Scientific memoirs by medical officers of the Army of India - Part XII,
Year: 1901
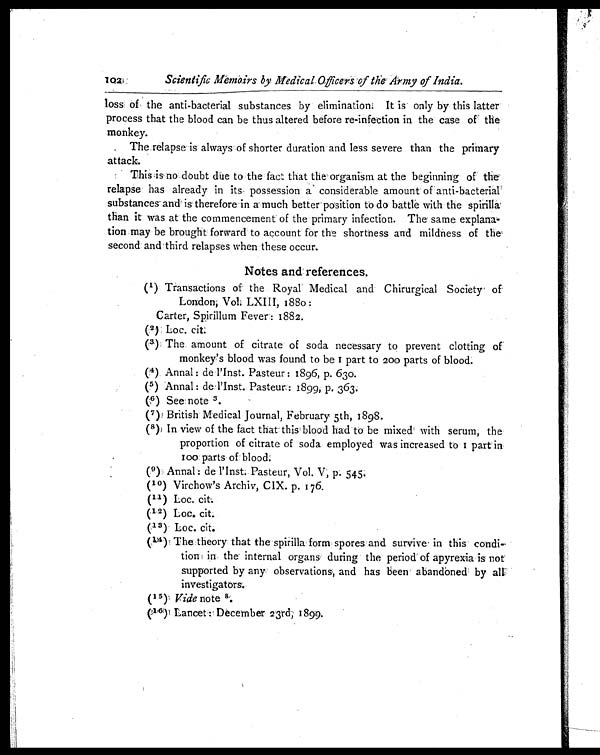
loss of the anti-bacterial substances by elimination. It is only by this latter
process that the blood can be thus altered before re-infection in the case of the
monkey.
The relapse is always of shorter duration and less severe than the primary
attack.
This is no doubt due to the fact that the organism at the beginning of the
relapse has already in its possession a considerable amount of anti-bacterial
substances and is therefore in a much better position to do battle with the spirilla
than it was at the commencement of the primary infection. The same explana-
tion may be brought forward to account for the shortness and mildness of the
second and third relapses when these occur.
Notes and references.
(1) Transactions of the Royal Medical and Chirurgical Society of
London, Vol. LXIII, 1880:
Carter, Spirillum Fever: 1882.
(2) Loc. cit.
(3) The amount of citrate of soda necessary to prevent clotting of
monkey's blood was found to be 1 part to 200 parts of blood.
(4) Annal : de l'Inst. Pasteur : 1896, p. 630.
(5) Annal : de l'Inst. Pasteur : 1899, p. 363.
(6) See note 3.
(7) British Medical Journal, February 5th, 1898.
(8) In view of the fact that this blood had to be mixed with serum, the
proportion of citrate of soda employed was increased to 1 part in
1 0 0 p a r t s o f b l o o d .
(9) Annal : de l'Inst. Pasteur, Vol. V, p. 545.
(10) Virchow's Archiv, CIX. p. 176.
(11) Loc. cit.
(12) Loc. cit.
(13) Loc. cit.
(14) The theory that the spirilla form spores and survive in this condi-
tion in the internal organs during the period of apyrexia is not
supported by any observations, and has been abandoned by all
investigators.
(15) Vide note 8.
(16) Lancet: December 23rd, 1899.